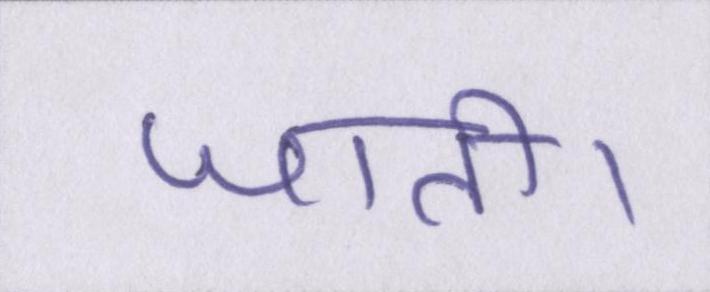
जाती।